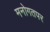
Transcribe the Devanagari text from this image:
मनोगतपर